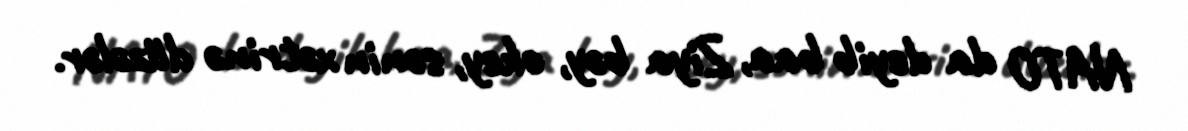
NATO da deyib baa, Ziya bəy, okey, sənin xətrinə düzələr.